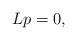
LaTeX: \begin{align*}Lp=0,\end{align*}